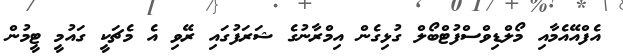
އެފްއޭއެމާއި މޯލްޑިވްސްފުޓްބޯލް ގުޅިގެން އިމްރާނުގެ ޝަރަފުގައި ރޭވި އެ މެޗަކީ ގައުމީ ޓީމުން